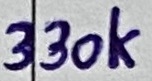
Text: 330K